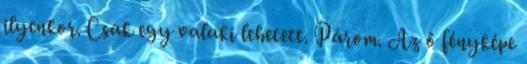
ilyenkor. Csak egy valaki lehetett. Párom. Az ő fényképe